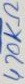
Text: 470KΩ